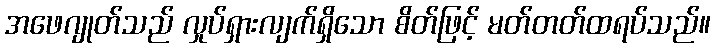
အဖေဂျုတ်သည် လှုပ်ရှားလျက်ရှိသော စိတ်ဖြင့် မတ်တတ်ထရပ်သည်။